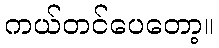
ကယ်တင်ပေတော့။